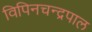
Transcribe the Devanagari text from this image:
विपिनचन्द्रपाल